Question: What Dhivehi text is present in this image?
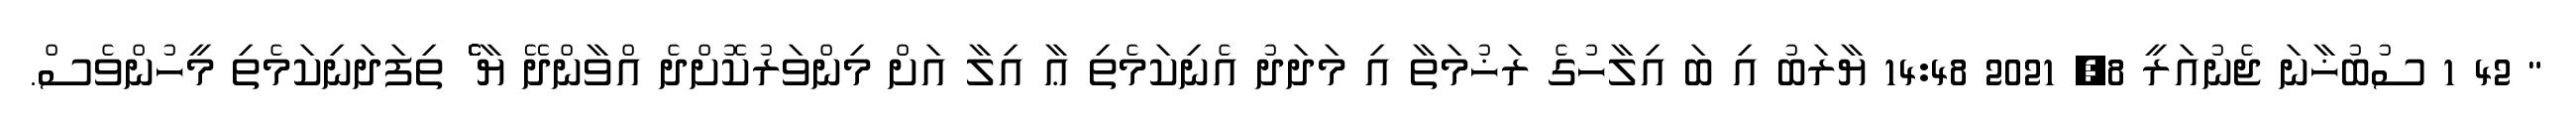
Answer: " 42 1 ސުބުޚާނަ ޖެނުއަރީ 8, 2021 14:48 ޔާރަބު އި ބަ އިލާހުގެ ރަޚުމަތާ އި މަދަދު އެނިކަމެތި ޢާ އިލާ އަށް މިންވަރުކޮށްދެ އްވާންދޭ ޔާ ެެެެެެެެެެެެެެެެެެެެެެެެެެެެެެެެެެެެެެެެެެެެެެެެެ ތިފަދަނިކަމެތި މީހުންވެސް.